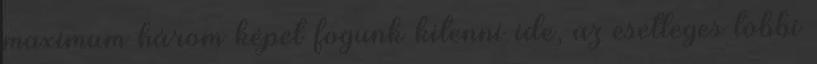
maximum három képet fogunk kitenni ide, az esetleges többi